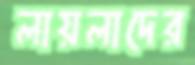
লায়লাদের